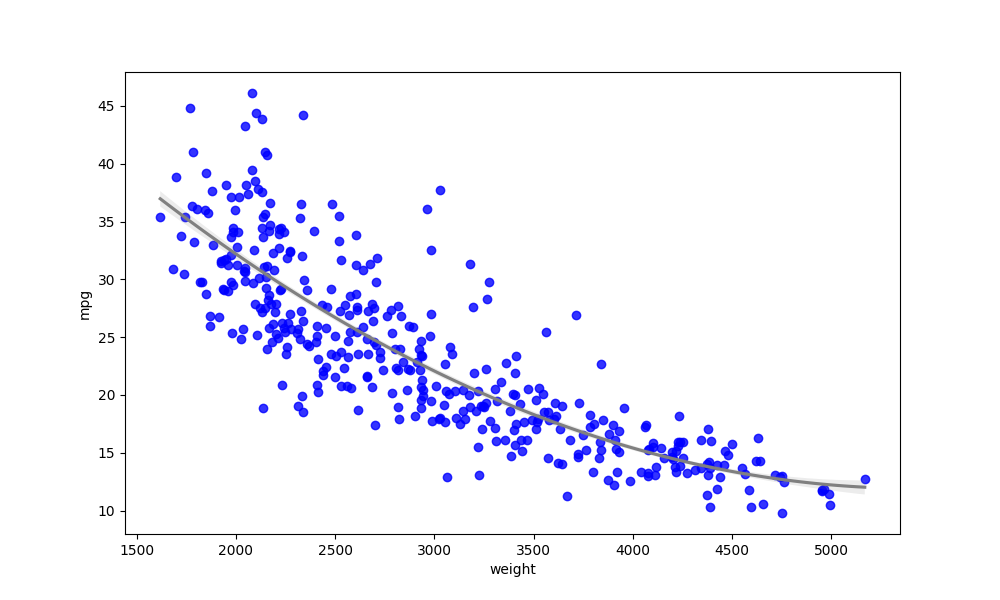
python, seaborn, regplot, order=2, ci=68, scatter_color=blue, line_color=gray